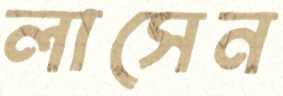
লাসেন